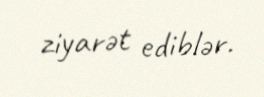
ziyarət ediblər.